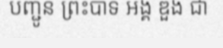
បញ្ជូន ព្រះបាទ អង្គ ឌួង ជា